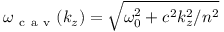
\omega _ { \mathrm { ~ c ~ a ~ v ~ } } ( k _ { z } ) = \sqrt { \omega _ { 0 } ^ { 2 } + c ^ { 2 } k _ { z } ^ { 2 } / n ^ { 2 } }